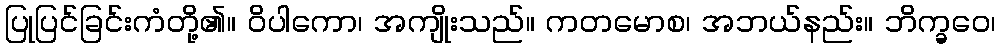
ပြုပြင်ခြင်းကံတို့၏။ ဝိပါကော၊ အကျိုးသည်။ ကတမောစ၊ အဘယ်နည်း။ ဘိက္ခဝေ၊